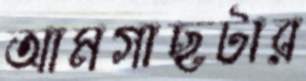
আমগাছটার